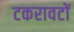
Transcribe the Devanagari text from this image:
टकरावटों